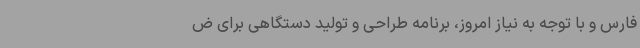
فارس و با توجه به نیاز امروز، برنامه طراحی و تولید دستگاهی برای ض